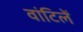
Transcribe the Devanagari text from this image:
वांटिलें